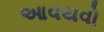
આવયવો